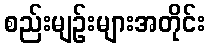
စည်းမျဉ်းများအတိုင်း